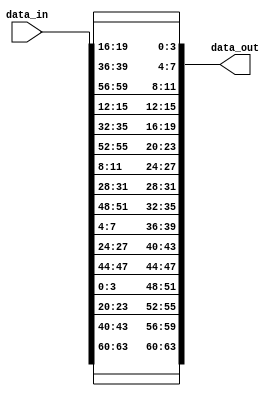

//////////////////////////////////////////////////////////////////////////////////
// Company:		   COSIC, KU Leuven
// 
// Design Name:    
// Module Name:    linear_m 
// Project Name:   TI with Non-Uniform Inputs
// Target Devices: 
// Tool versions: 
// Description:    https://eprint.iacr.org/2023/1517
//
// Dependencies: 
//
// Revision: 
// Revision 0.01 - File Created
// Additional Comments: 
//
//////////////////////////////////////////////////////////////////////////////////

module linear_m(
  input [63:0] data_in,
  output wire [63:0] data_out
);

// This entity encodes the matrix from linear_mprime.

// 1 share
assign data_out[63:60] = data_in[63:60];
assign data_out[59:56] = data_in[43:40];
assign data_out[55:52] = data_in[23:20];
assign data_out[51:48] = data_in[3:0];
assign data_out[47:44] = data_in[47:44];
assign data_out[43:40] = data_in[27:24];
assign data_out[39:36] = data_in[7:4];
assign data_out[35:32] = data_in[51:48];
assign data_out[31:28] = data_in[31:28];
assign data_out[27:24] = data_in[11:8];
assign data_out[23:20] = data_in[55:52];
assign data_out[19:16] = data_in[35:32];
assign data_out[15:12] = data_in[15:12];
assign data_out[11:8] = data_in[59:56];
assign data_out[7:4] = data_in[39:36];
assign data_out[3:0] = data_in[19:16];

endmodule